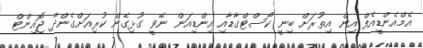
އެމްއެންޑީއެފް އިން އިތުރަށް ބިނީ ކޯސްޓްގާޑާއި އިންޑިއަން ނޭވީ ގުޅިގެން ކުރިއަށްގެންދާ ޖޮއިންޓް